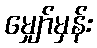
မျှော်မှန်း